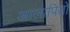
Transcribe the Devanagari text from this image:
आलापितो